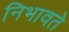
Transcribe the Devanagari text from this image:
निभावते